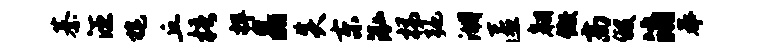
綦汪旄丘梧捍晶炎东泓梯弛湖匿翱儆高假消奉